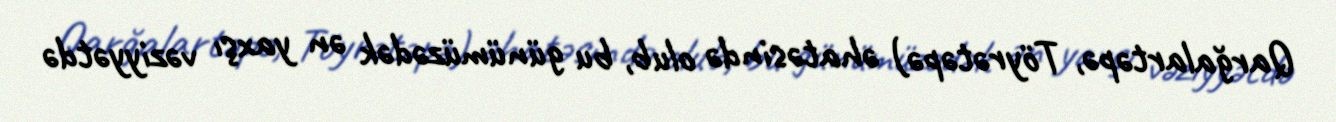
Qarğalartəpə, Töyrətəpə) əhatəsində olub, bu günümüzədək ən yaxşı vəziyyətdə